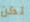
لكن